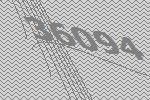
36094